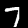
Digit: 7